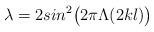
LaTeX: \begin{align*}\lambda=2 sin^2\bigl (2\pi \Lambda(2kl)\bigr )\end{align*}